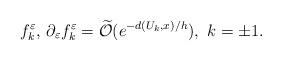
LaTeX: \begin{align*}f_k^\varepsilon ,\, \partial _\varepsilon f_k^\varepsilon =\widetilde{{\mathcal O}}(e^{-d(U_k,x)/h}),\ k=\pm 1.\end{align*}